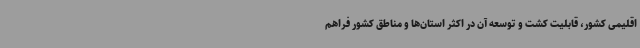
اقلیمی کشور، قابلیت کشت و توسعه آن در اکثر استان‌ها و مناطق کشور فراهم